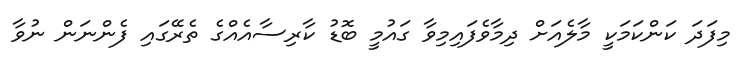
މިފަދަ ކަންކަމަކީ މާލެއަށް ދިމާވެފައިިމިވާ ގައުމީ ބޮޑު ކާރިސާއެއްގެ ތެރޭގައި ފެންނަން ނުވާ